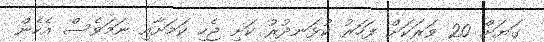
ގަޔަށް 20 ވަރަކަށް ފަހަރު ކުޅަނދުރު ކަށި ޖެހި ކަމަށާއި ނަމަވެސް އެެހެން